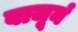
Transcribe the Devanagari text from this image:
बाजूनं